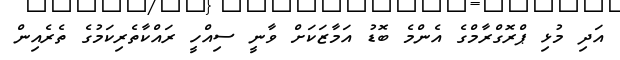
އަދި މުޅި ޕްރޮގްރާމްގެ އެންމެ ބޮޑު އަމާޒަކަށް ވާނީ ސިއްހީ ރައްކާތެރިކަމުގެ ތެރެއިން